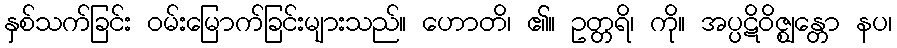
နှစ်သက်ခြင်း ဝမ်းမြောက်ခြင်းများသည်။ ဟောတိ၊ ၏။ ဥတ္တရိ၊ ကို။ အပ္ပဋိဝိဇ္ဈန္တော နပ၊